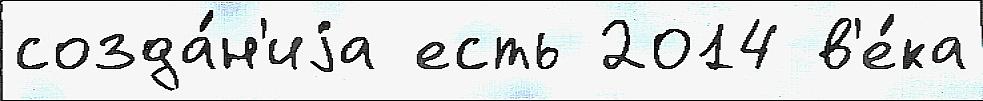
созда́н'иjа есть 2014 в'е́ка